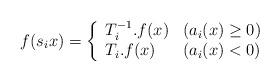
LaTeX: \begin{align*}f(s_{i}x)=\left\{ \begin{array}{ll}T_{i}^{-1}.f(x) & (a_{i}(x)\ge 0) \\T_{i}.f(x) & (a_{i}(x)<0)\end{array}\right.\end{align*}